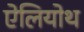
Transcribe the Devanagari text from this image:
ऐलियोथ